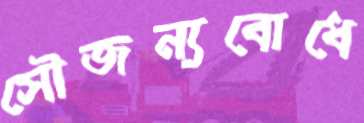
সৌজন্যবোধে